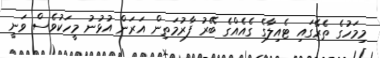
މިމަހުގެ ތެރޭގައި ޓެއިލާގެ ގެއެއްގެ ބޭރު ފާރުމަތިން އަރަން އުޅުނު މީހަކުވެސް ވަނީ